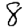
Digit: 8